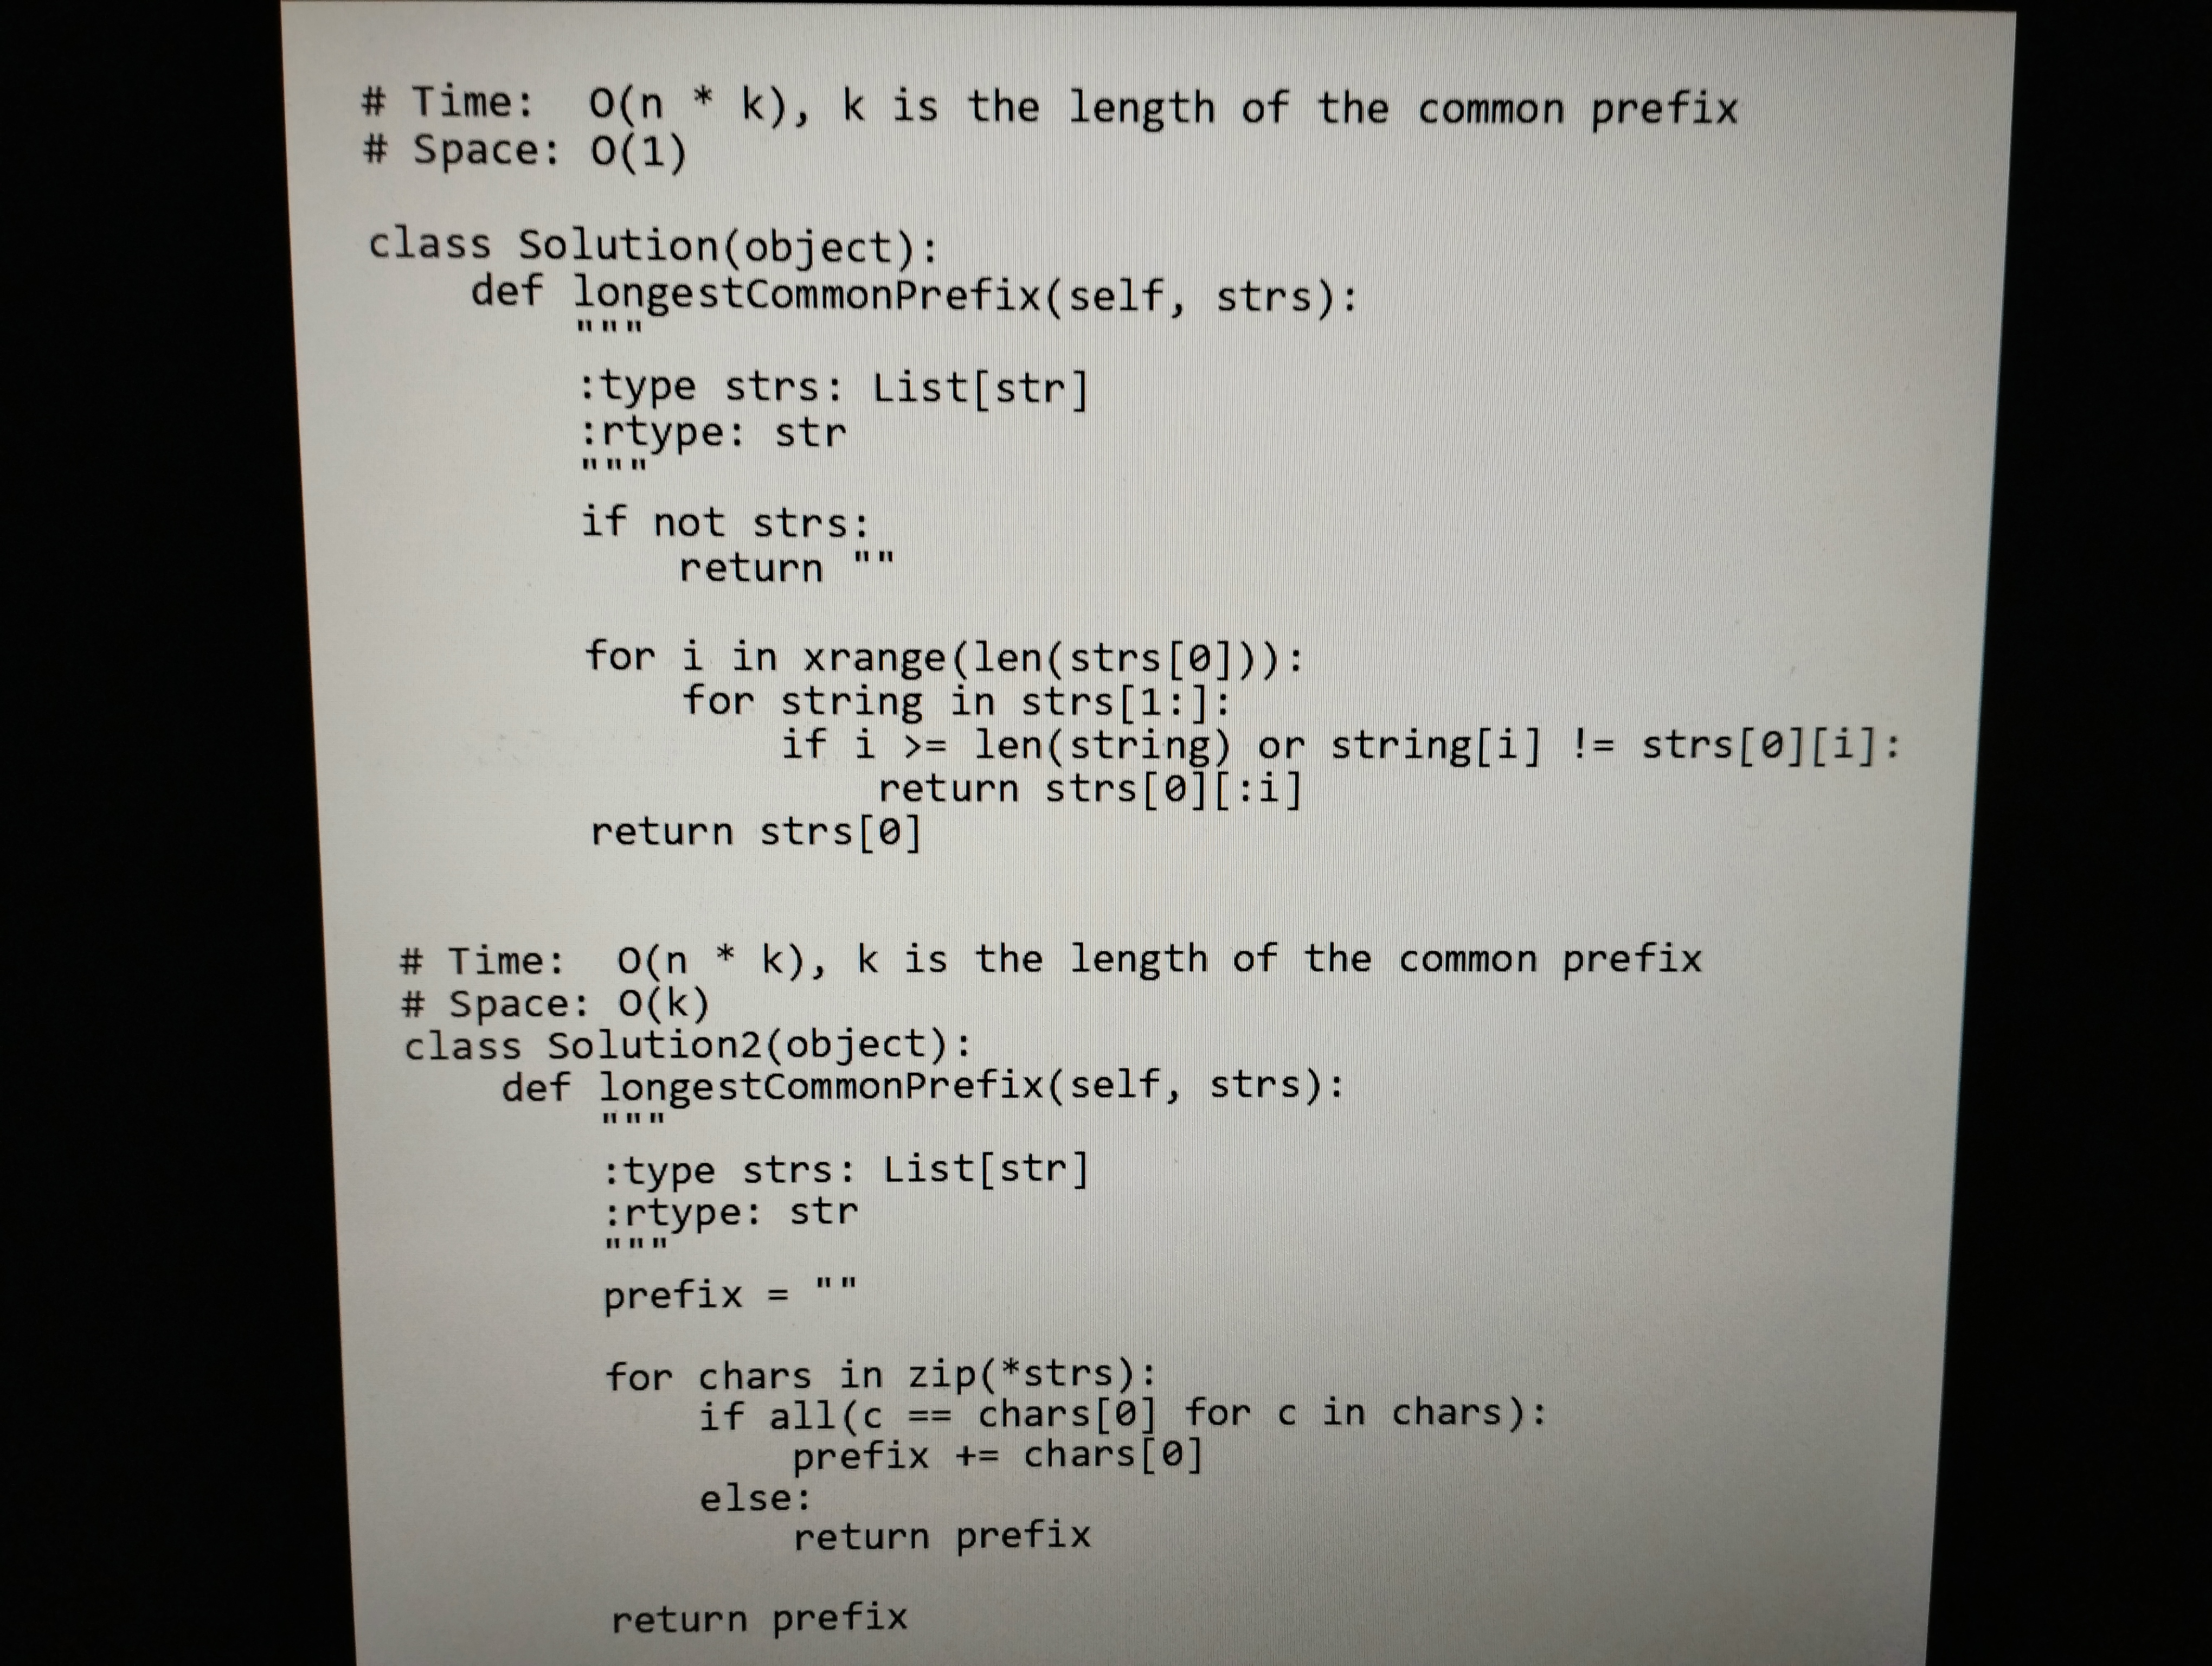
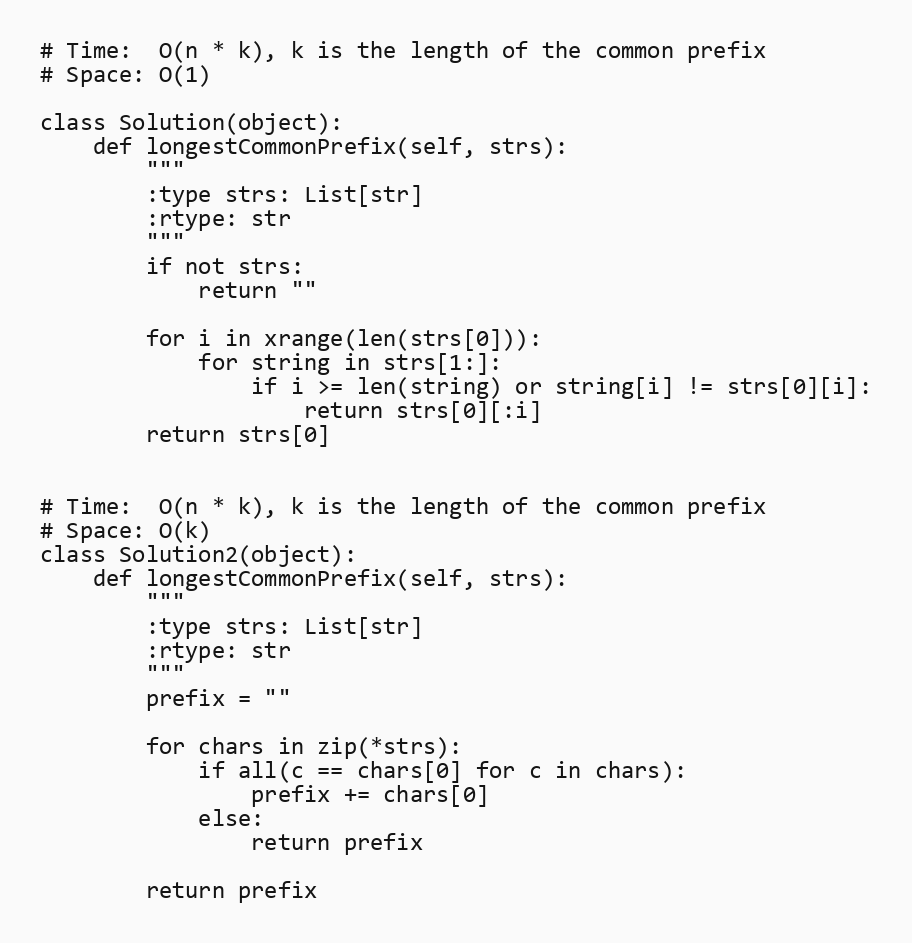
# Time:  O(n * k), k is the length of the common prefix
# Space: O(1)

class Solution(object):
    def longestCommonPrefix(self, strs):
        """
        :type strs: List[str]
        :rtype: str
        """
        if not strs:
            return ""

        for i in xrange(len(strs[0])):
            for string in strs[1:]:
                if i >= len(string) or string[i] != strs[0][i]:
                    return strs[0][:i]
        return strs[0]

# Time:  O(n * k), k is the length of the common prefix
# Space: O(k)
class Solution2(object):
    def longestCommonPrefix(self, strs):
        """
        :type strs: List[str]
        :rtype: str
        """
        prefix = ""

        for chars in zip(*strs):
            if all(c == chars[0] for c in chars):
                prefix += chars[0]
            else:
                return prefix

        return prefix